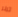
ترنر